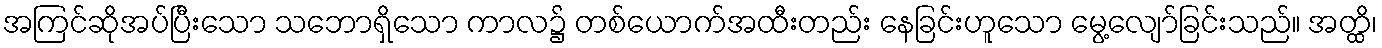
အကြင်ဆိုအပ်ပြီးသော သဘောရှိသော ကာလ၌ တစ်ယောက်အထီးတည်း နေခြင်းဟူသော မွေ့လျော်ခြင်းသည်။ အတ္ထိ၊